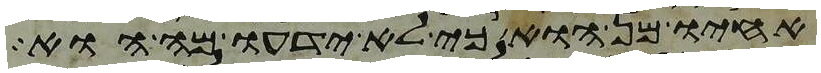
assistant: אחיו מן הוא כי לא ידעו מה הוא